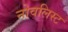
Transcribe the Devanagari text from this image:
नोवलिस्ट